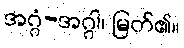
အဂ္ဂံ-အဂ္ဂါ၊ မြတ်၏။